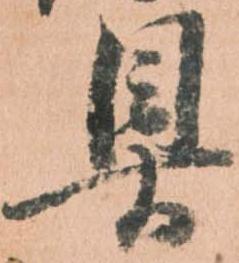
具